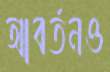
আবর্তনও